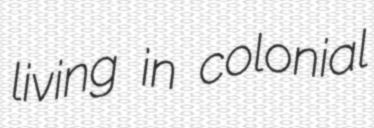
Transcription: living in colonial